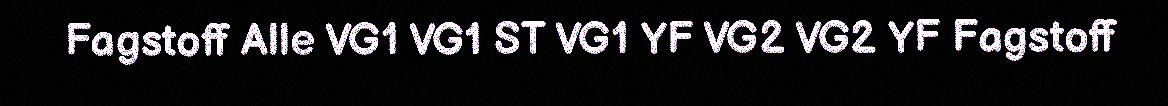
Fagstoff Alle VG1 VG1 ST VG1 YF VG2 VG2 YF Fagstoff